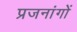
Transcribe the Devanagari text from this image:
प्रजनांगों